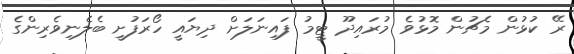
ރޭ ކުޅުން މެޗުން މޮޅުވެ މުރައިދޫ ޓީމު ފައިނަލަށް ދިޔައީ ހޯރަފުށީ ބެލެނިވެރިންގެ